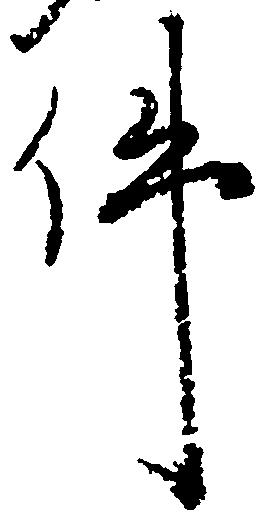
件